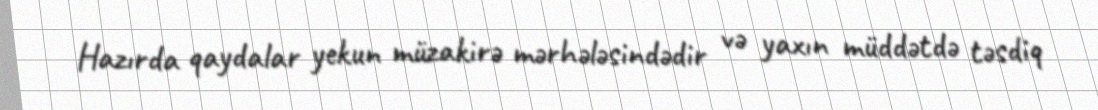
Hazırda qaydalar yekun müzakirə mərhələsindədir və yaxın müddətdə təsdiq